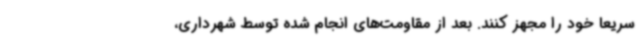
سریعاً خود را مجهز کنند. بعد از مقاومت‌های انجام شده توسط شهرداری،